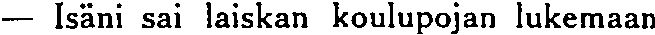
— Isäni sai laiskan koulupojan lukemaan